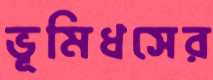
ভূমিধসের